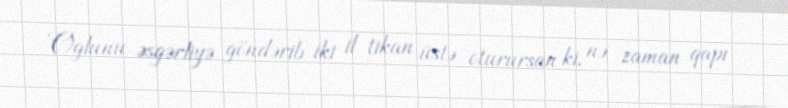
Oğlunu əsgərliyə göndərib iki il tikan üstə oturursan ki, nə zaman qapı